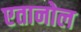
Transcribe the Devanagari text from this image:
एतानोल